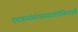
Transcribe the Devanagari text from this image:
दशाहस्यांतरेयस्यगंगातोयेस्थिमज्जति